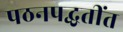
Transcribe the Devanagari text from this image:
पठनपद्धतींत